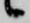
候